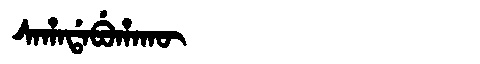
Manchu: ᠰᠠᡥᠠᡩᠠᠪᡠᡥᠠᡴᡡ
Romanization: SAHADABUHAKŪ